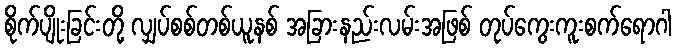
စိုက်ပျိုးခြင်းတို့ လျှပ်စစ်တစ်ယူနစ် အခြားနည်းလမ်းအဖြစ် တုပ်ကွေးကူးစက်ရောဂါ